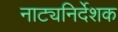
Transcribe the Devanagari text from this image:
नाट्यनिर्देशक